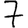
Digit: 7